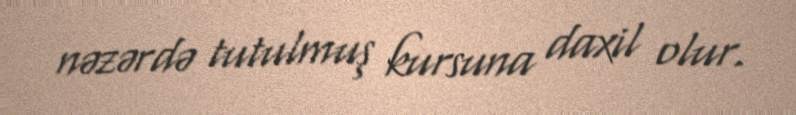
nəzərdə tutulmuş kursuna daxil olur.